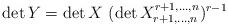
LaTeX: \begin{align*}\det Y = \det X \ (\det X^{r+1,\ldots,n}_{r+1,\ldots,n})^{r-1}\end{align*}